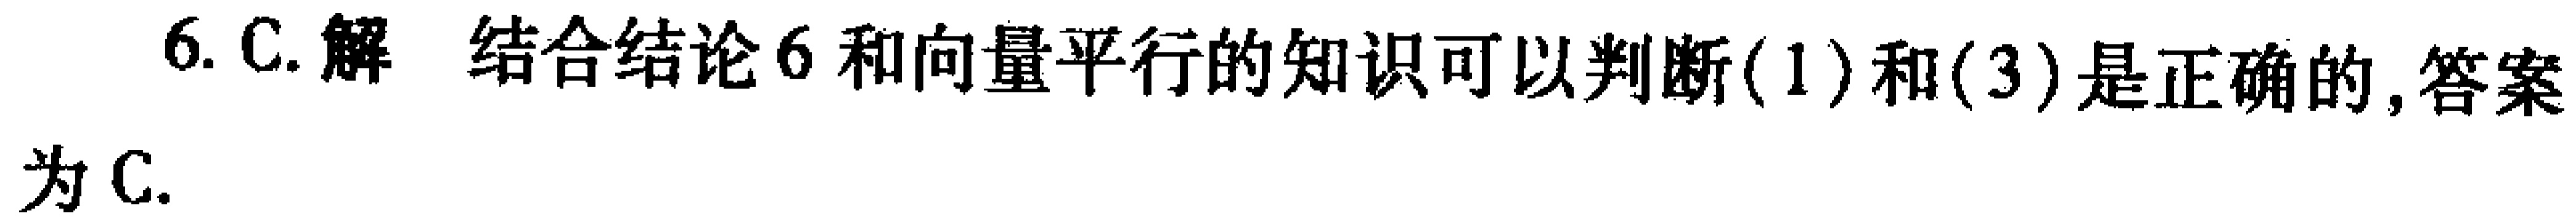
6. C. 解 结合结论6和向量平行的知识可以判断(1)和(3)是正确的, 答案为C.